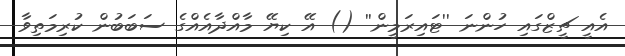
އެއީ ޗީޒްގައި ހުންނަ ''ޓައިރަމީން'' () އޭ ކިޔޭ މާއްދާއެއްގެ ސަބަބުން ކުރިމަތިވާ